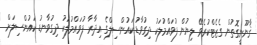
ޤާނޫނީގޮތުން ގެޒެޓްކުރެވޭ ލިޔުން ފުވައްމުލަކު ދިގުވާޑު ކައުންސިލްގެ އިދާރާ ފުވައްމުލަކު ދިގުވާނޑު ކައުންސިލަށް